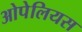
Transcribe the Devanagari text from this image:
ओपेलियस